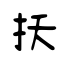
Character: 扷